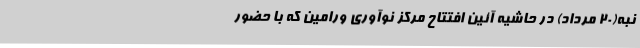
نبه(20 مرداد) در حاشیه آئین افتتاح مرکز نوآوری ورامین که با حضور